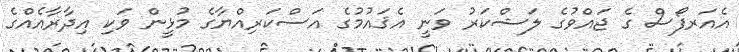
އެއަރފޯސް ގެ ޖައްވުގެ ލަޝްކަރު ވަނީ އެޤައުމުގެ އަސްކަރިއްޔާގެ މުޅީން ވަކި އިދާރާއެއްގެ